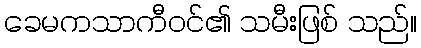
ခေမကသာကီဝင်၏ သမီးဖြစ် သည်။